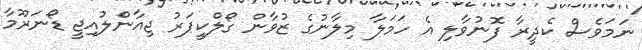
ނަމަވެސް ކެދީރާ ފޮނުވާލި އެ ހަމަލާ މިލާނުގެ ޒުވާން ގޯލްކީޕަރު ޖިއާންލުއިޖީ ޑޯނަރޫމާ